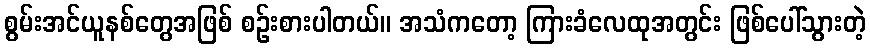
စွမ်းအင်ယူနစ်တွေအဖြစ် စဉ်းစားပါတယ်။ အသံကတော့ ကြားခံလေထုအတွင်း ဖြစ်ပေါ်သွားတဲ့